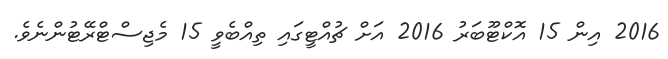
2016 އިން 15 އޮކްޓޫބަރު 2016 އަށް ޗުއްޓީގައި ތިއްބެވީ 15 މެޖިސްޓްރޭޓުންނެވެ.